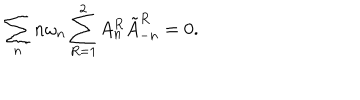
\sum _ { n } n \omega _ { n } \sum _ { R = 1 } ^ { 2 } A _ { n } ^ { R } \tilde { A } _ { - n } ^ { R } = 0 .